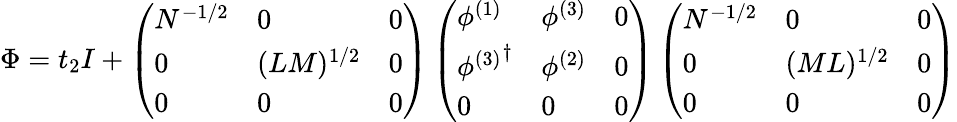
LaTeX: \Phi=t_{2}I+\left(\begin{array}{lll}{{N^{-1/2}}}&{{0}}&{{0}}\\ {{0}}&{{(LM)^{1/2}}}&{{0}}\\ {{0}}&{{0}}&{{0}}\end{array}\right)\left(\begin{array}{lll}{{\phi^{(1)}}}&{{\phi^{(3)}}}&{{0}}\\ {{{\phi^{(3)}}^{\dagger}}}&{{\phi^{(2)}}}&{{0}}\\ {{0}}&{{0}}&{{0}}\end{array}\right)\left(\begin{array}{lll}{{N^{-1/2}}}&{{0}}&{{0}}\\ {{0}}&{{(ML)^{1/2}}}&{{0}}\\ {{0}}&{{0}}&{{0}}\end{array}\right)